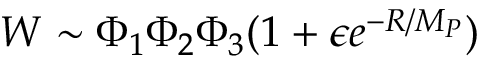
W \sim \Phi _ { 1 } \Phi _ { 2 } \Phi _ { 3 } ( 1 + \epsilon e ^ { - R / M _ { P } } )